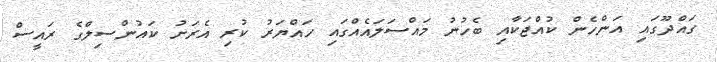
ގައްދޫގައި އަންހެން ކުއްޖަކާއި ބެހުނު މައްސަލައެއްގައި ހައްޔަރު ކުރި އެރަށު ކައުންސިލްގެ ރައީސް